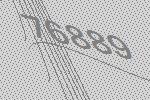
76889